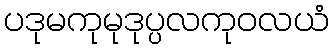
ပဒုမကုမုဒုပ္ပလကုဝလယံ